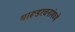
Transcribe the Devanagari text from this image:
भारूडरचनांमध्ये